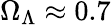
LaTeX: \Omega_{\Lambda}\approx 0.7